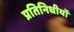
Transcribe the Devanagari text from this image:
प्रतिनिधीयों